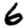
Digit: 6